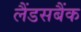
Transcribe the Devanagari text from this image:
लैंडसबैंक